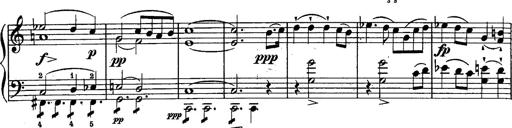
Title: Schubert's Impromptus [revised and edited by Franz Liszt]
Composer: Franz Liszt